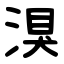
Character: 湨